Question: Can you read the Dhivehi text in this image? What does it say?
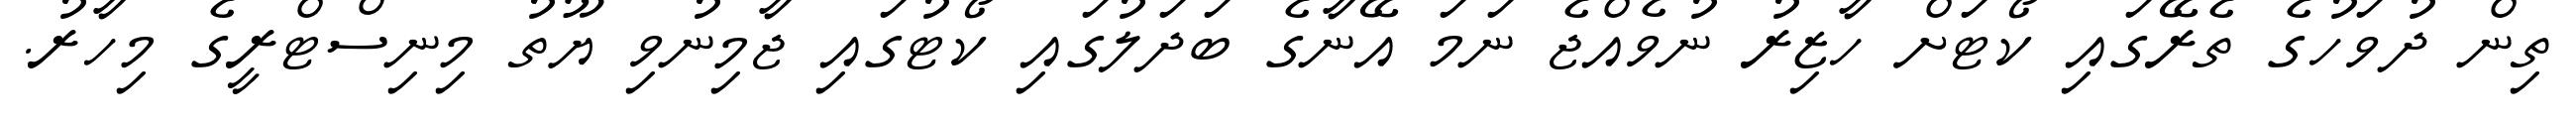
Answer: ތިން ދުވަހުގެ ތެރޭގައި ކޯޓަށް ހާޒިރު ނުވެއްޖެ ނަމަ އޭނާގެ ބަދަލުގައި ކޯޓުގައި ޖާމިނުވި ޔޫތު މިނިސްޓްރީގެ މިހާރު.